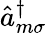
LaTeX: \hat{a}_{m\sigma}^{\dagger}